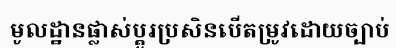
មូលដ្ឋានផ្លាស់ប្តូរប្រសិនបើតម្រូវដោយច្បាប់